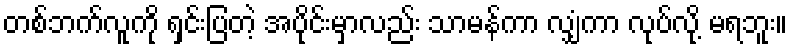
တစ်ဘက်လူကို ရှင်းပြတဲ့ အပိုင်းမှာလည်း သာမန်ကာ လျှံကာ လုပ်လို့ မရဘူး။